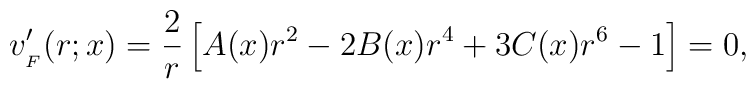
v'_{_{F}}(r;x)={2\over r}	\left[A(x)r^{2}-2B(x)r^{4}+3C(x)r^{6}-1\right]=0,